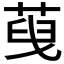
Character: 𦴞